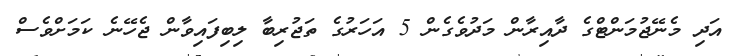
އަދި މެނޭޖުމަންޓްގެ ދާއިރާން މަދުވެގެން 5 އަހަރުގެ ތަޖުރިބާ ލިބިފައިވާން ޖެހޭނެ ކަމަށްވެސް